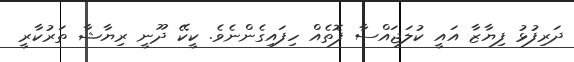
ދަރިފުޅު ފިޔާޒާ އައީ ކުލަޖައްސާ ފޮތެއް ހިފައިގެންނެވެ. ކީކޭ ދޫނީ ރިޔާޝާ ތަރުކާރީ